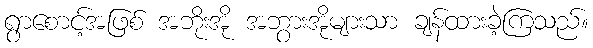
ရွာစောင့်အဖြစ် အဘိုးအို အဘွားအိုများသာ ချန်ထားခဲ့ကြသည်။